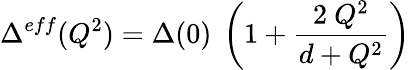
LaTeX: \Delta^{eff}(Q^{2})=\Delta(0)~\left(1+\frac{2~Q^{2}}{d+Q^{2}}\right)